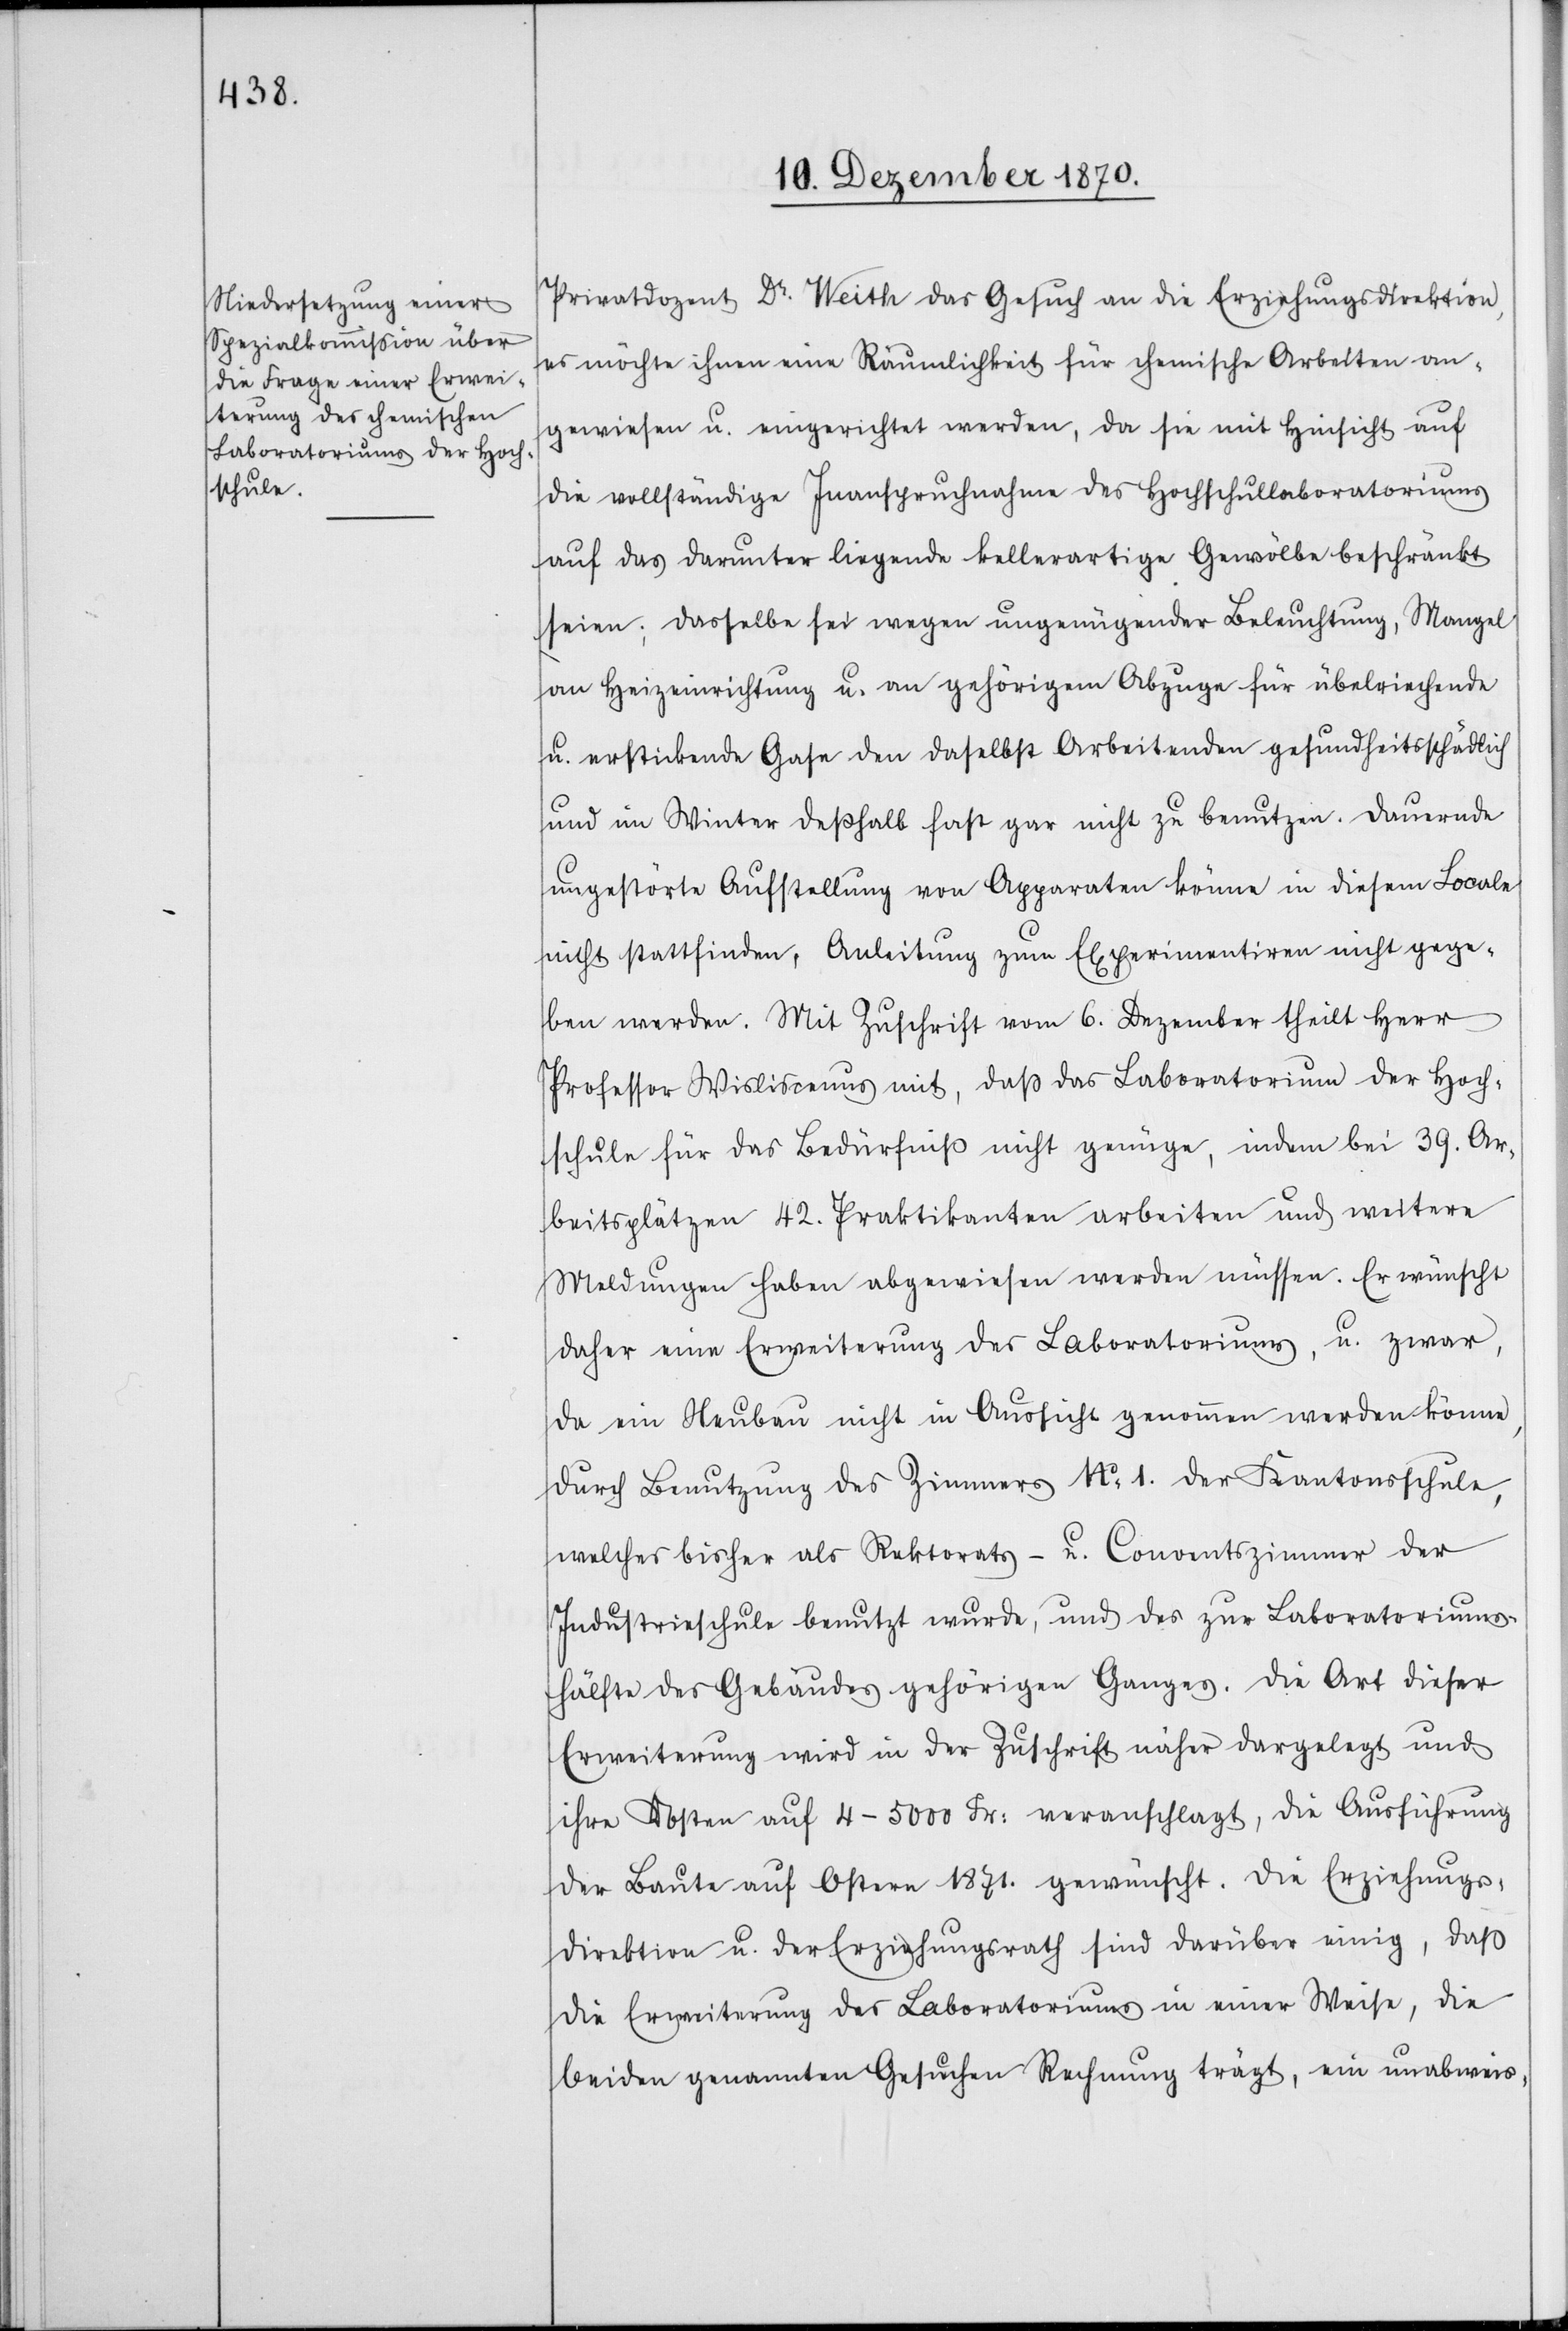
Privatdozent Dr. Weith das Gesuch an die Erziehungsdirektion,
es möchte ihnen eine Räumlichkeit für chemische Arbeiten an¬
gewiesen u. eingerichtet werden, da sie mit Hinsicht auf
die vollständige Inanspruchnahme des Hochschullaboratoriums
auf das darunter liegende kellerartige Gewölbe beschränkt
seien, dasselbe sei wegen ungenügender Beleuchtung, Mangel
an Heizeinrichtung u. an gehörigem Abzuge für übelriechende
u. erstickende Gase den daselbst Arbeitenden gesundheitsschädlich
und im Winter deßhalb fast gar nicht zu benutzen. Dauernde
ungestörte Aufstellung von Apparaten könne in diesem Locale
nicht stattfinden, Anleitung zum Experimentiren nicht gege¬
ben werden. Mit Zuschrift vom 6. Dezember theilt Herr
Professor Wisliscenus mit, daß das Laboratorium der Hoch¬
schule für das Bedürfniß nicht genüge, indem bei 39. Ar¬
beitsplätzen 42. Praktikanten arbeiten und weitere
Meldungen haben abgewiesen werden müssen. Er wünscht
daher eine Erweiterung des Laboratoriums, u. zwar,
da ein Neubau nicht in Aussicht genommen werden könne,
durch Benutzung des Zimmers No 1. der Kantonsschule,
welches bisher als Rektorats- u. Conventszimmer der
Industrieschule benutzt wurde, und des zur Laboratoriums¬
hälfte des Gebäudes gehörigen Ganges. Die Art dieser
Erweiterung wird in der Zuschrift näher dargelegt und
ihre Kosten auf 4–5000 Fr: veranschlagt, die Ausführung
der Baute auf Ostern 1871. gewünscht. Die Erziehungs¬
direktion u. der Erziehungsrath sind darüber einig, daß
die Erweiterung des Laboratoriums in einer Weise, die
beiden genannten Gesuchen Rechnung trägt, ein unabweis-